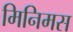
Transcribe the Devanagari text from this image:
मिनिमस